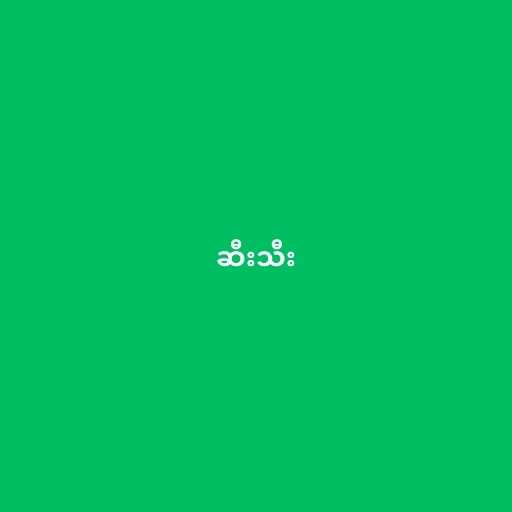
ဆီးသီး